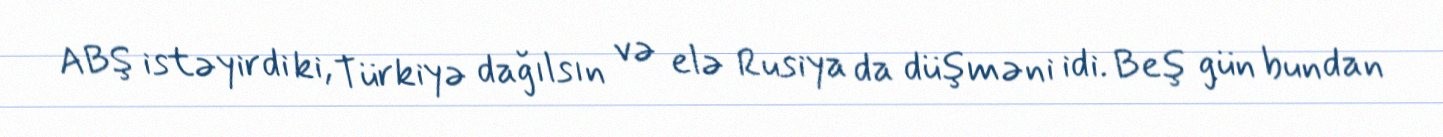
ABŞ istəyirdi ki, Türkiyə dağılsın və elə Rusiya da düşməni idi. Beş gün bundan